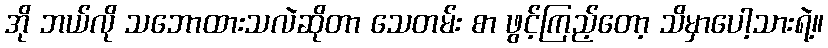
အို ဘယ်လို သဘောထားသလဲဆိုတာ သေတမ်း စာ ဖွင့်ကြည့်တော့ သိမှာပေါ့သားရဲ့။